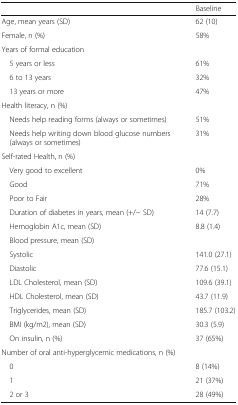
<table><thead><tr><td></td><td><b>Baseline</b></td></tr></thead><tbody><tr><td>Age, mean years (SD)</td><td>62 (10)</td></tr><tr><td>Female, n (%)</td><td>58%</td></tr><tr><td colspan="2">Years of formal education</td></tr><tr><td> 5 years or less</td><td>61%</td></tr><tr><td> 6 to 13 years</td><td>32%</td></tr><tr><td> 13 years or more</td><td>47%</td></tr><tr><td colspan="2">Health literacy, n (%)</td></tr><tr><td> Needs help reading forms (always or sometimes)</td><td>51%</td></tr><tr><td> Needs help writing down blood glucose numbers (always or sometimes)</td><td>31%</td></tr><tr><td colspan="2">Self-rated Health, n (%)</td></tr><tr><td> Very good to excellent</td><td>0%</td></tr><tr><td> Good</td><td>71%</td></tr><tr><td> Poor to Fair</td><td>28%</td></tr><tr><td> Duration of diabetes in years, mean (+/− SD)</td><td>14 (7.7)</td></tr><tr><td> Hemoglobin A1c, mean (SD)</td><td>8.8 (1.4)</td></tr><tr><td colspan="2"> Blood pressure, mean (SD)</td></tr><tr><td> Systolic</td><td>141.0 (27.1)</td></tr><tr><td> Diastolic</td><td>77.6 (15.1)</td></tr><tr><td> LDL Cholesterol, mean (SD)</td><td>109.6 (39.1)</td></tr><tr><td> HDL Cholesterol, mean (SD)</td><td>43.7 (11.9)</td></tr><tr><td> Triglycerides, mean (SD)</td><td>185.7 (103.2)</td></tr><tr><td> BMI (kg/m2), mean (SD)</td><td>30.3 (5.9)</td></tr><tr><td> On insulin, n (%)</td><td>37 (65%)</td></tr><tr><td colspan="2">Number of oral anti-hyperglycemic medications, n (%)</td></tr><tr><td> 0</td><td>8 (14%)</td></tr><tr><td> 1</td><td>21 (37%)</td></tr><tr><td> 2 or 3</td><td>28 (49%)</td></tr></tbody></table>